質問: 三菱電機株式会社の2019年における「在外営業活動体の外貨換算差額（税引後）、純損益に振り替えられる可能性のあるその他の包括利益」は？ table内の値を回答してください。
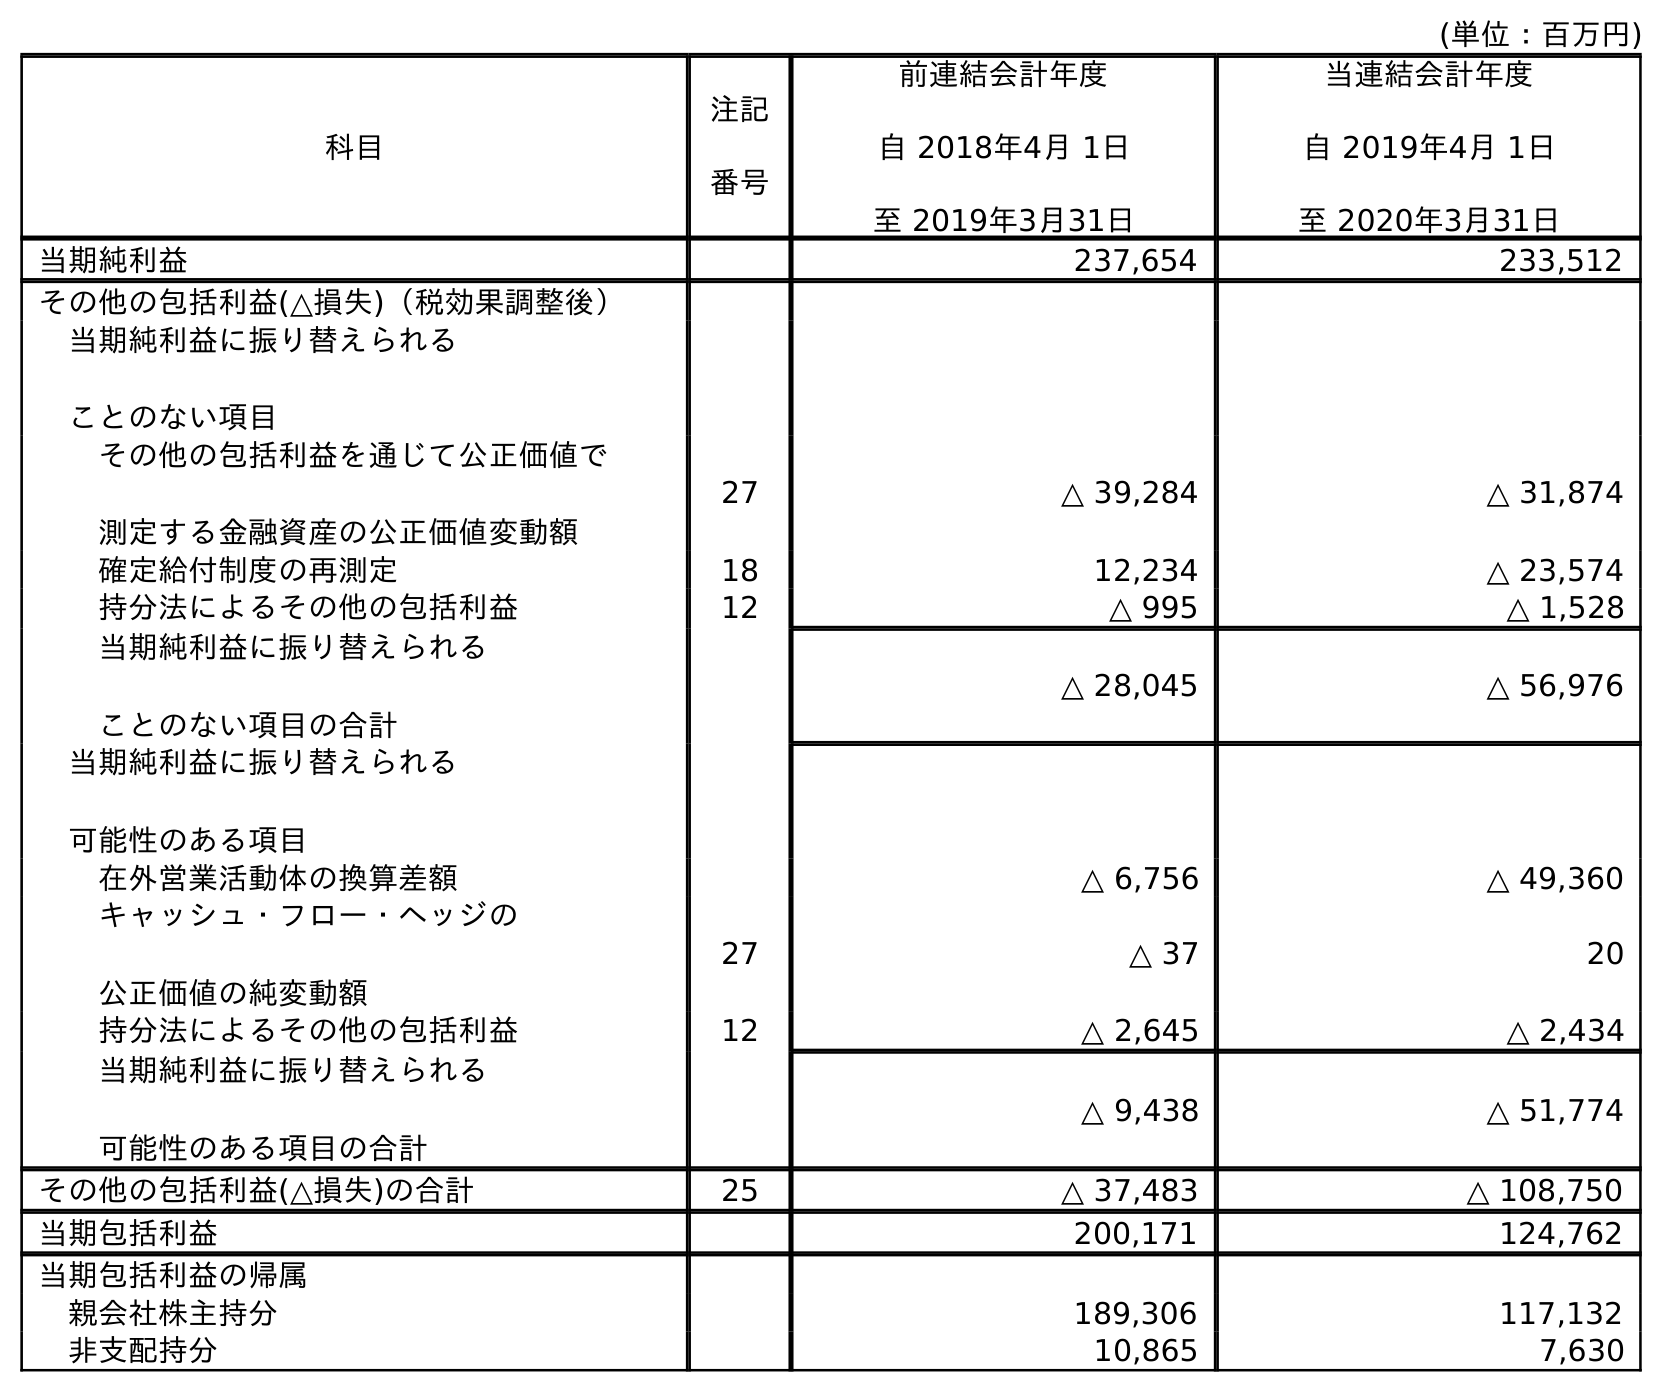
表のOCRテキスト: (単位：百万円) 科目 注記 番号 前連結会計年度 自 2018年4月 1日 至 2019年3月31日 当連結会計年度 自 2019年4月 1日 至 2020年3月31日 当期純利益 237,654 233,512 その他の包括利益(△損失)（税効果調整後） 当期純利益に振り替えられる ことのない項目 その他の包括利益を通じて公正価値で 測定する金融資産の公正価値変動額 27 △ 39,284 △ 31,874 確定給付制度の再測定 18 12,234 △ 23,574 持分法によるその他の包括利益 12 △ 995 △ 1,528 当期純利益に振り替えられる ことのない項目の合計 △ 28,045 △ 56,976 当期純利益に振り替えられる 可能性のある項目 在外営業活動体の換算差額 △ 6,756 △ 49,360 キャッシュ・フロー・ヘッジの 公正価値の純変動額 27 △ 37 20 持分法によるその他の包括利益 12 △ 2,645 △ 2,434 当期純利益に振り替えられる 可能性のある項目の合計 △ 9,438 △ 51,774 その他の包括利益(△損失)の合計 25 △ 37,483 △ 108,750 当期包括利益 200,171 124,762 当期包括利益の帰属 親会社株主持分 189,306 117,132 非支配持分 10,865 7,630
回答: △6,756